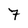
Character: 7